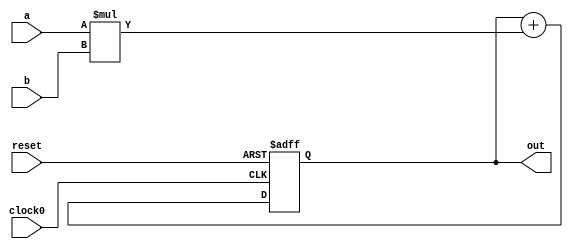
module mac_32_arst(clock0, reset, a, b, out);

	input clock0,reset;
	input signed [15:0] a, b;
	output reg signed [31:0] out;

	// reg signed [31:0] out;

	always @(posedge clock0 or posedge reset)
	begin
		if (reset) 
			out <= 32'h0;
    	else
			out <= out + (a * b);
	end

endmodule